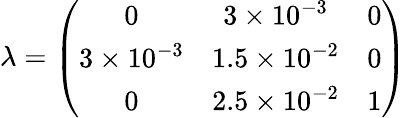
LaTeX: \lambda=\left(\begin{array}{ccc}{{0}}&{{3\times 10^{-3}}}&{{0}}\\ {{3\times 10^{-3}}}&{{1.5\times 10^{-2}}}&{{0}}\\ {{0}}&{{2.5\times 10^{-2}}}&{{1}}\end{array}\right)